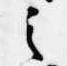
之